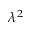
\lambda ^ { 2 }